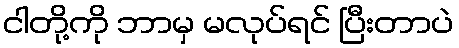
ငါတို့ကို ဘာမှ မလုပ်ရင် ပြီးတာပဲ